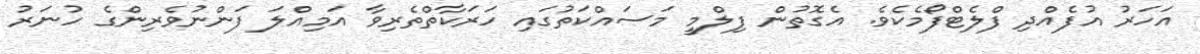
އަހަރު އުފެއްދި ފްލެޓްފޯމެކެވެ. އެގޮތުން ފިލްމީ މަސައްކަތުގައި ހަރަކާތްތެރިވާ އަމިއްލަ ފަންނުވެރިންގެ ހުނަރު